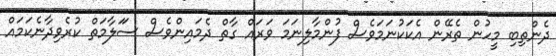
ދެންތިބި މީހުން ތެރޭން އެކަކުނަމަވެސް ފުންމާލިނަމަ ވަރައް ގާތް ދެމައިންވެސް ސަަލާމަތް ކުރެވިދާނެކަމައް